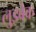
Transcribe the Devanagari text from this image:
लुइबेक